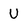
Character: u